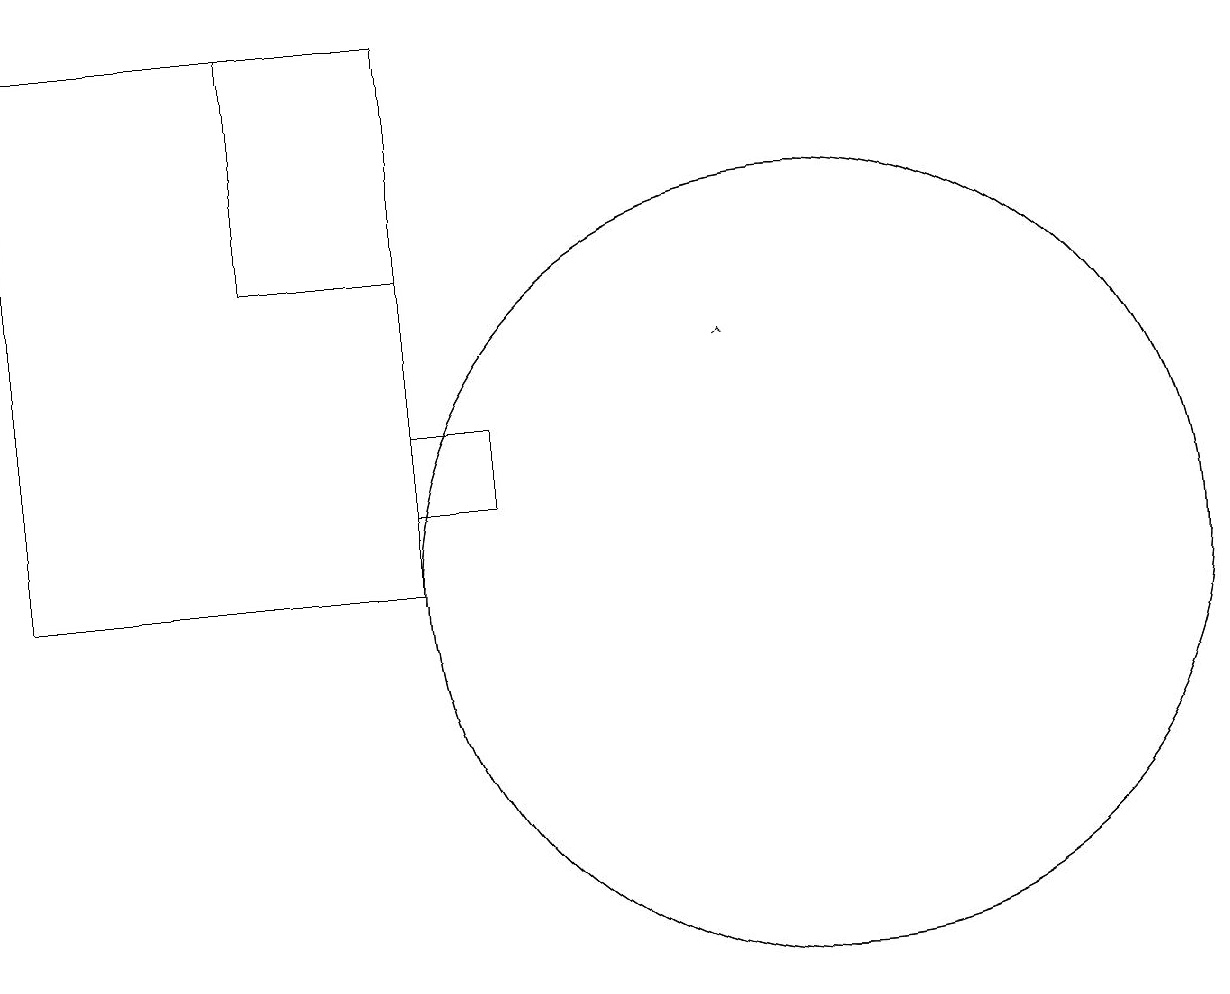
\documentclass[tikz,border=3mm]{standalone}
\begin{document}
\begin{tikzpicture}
\draw (10,11) circle (5);
\draw (5,11) rectangle (0,18);
\draw (5,12) rectangle (6,13);
\draw (3,15) rectangle (5,18);
\draw[->] (9,14) -- (9,14);
\draw (10,11) circle (5);
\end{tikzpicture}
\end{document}